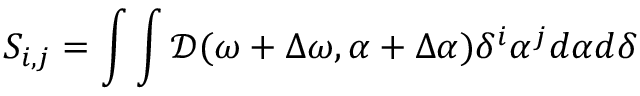
S _ { i , j } = \int \int \mathcal { D } ( \omega + \Delta \omega , \alpha + \Delta \alpha ) \delta ^ { i } \alpha ^ { j } d \alpha d \delta